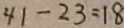
4 1 - 2 3 = 1 8